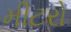
મીટરો